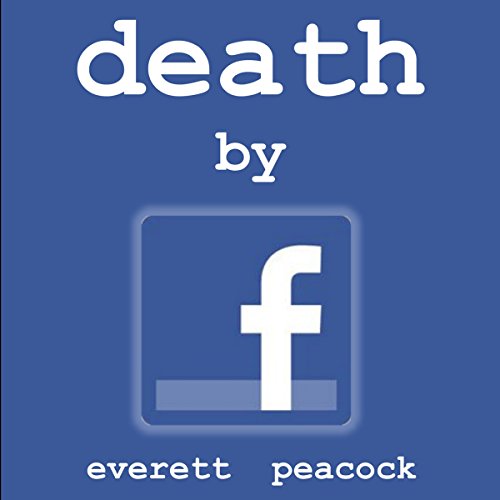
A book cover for Death by Facebook; Everett Peacock; Literature & Fiction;